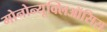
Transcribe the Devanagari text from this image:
मोनोन्यूक्लिऑसिस